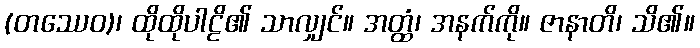
(တဿေဝ)၊ ထိုထိုပါဠိ၏ သာလျှင်။ အတ္ထံ၊ အနက်ကို။ ဇာနာတိ၊ သိ၏။